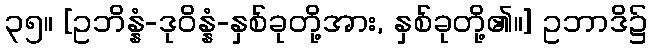
၃၅။ [ဥဘိန္နံ-ဒုဝိန္နံ-နှစ်ခုတို့အား, နှစ်ခုတို့၏။] ဥဘာဒိ၌